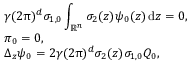
\begin{array} { r l } & { \gamma ( 2 \uppi ) ^ { d } \sigma _ { 1 , 0 } \displaystyle \int _ { \mathbb R ^ { n } } \sigma _ { 2 } ( z ) \psi _ { 0 } ( z ) \, { \mathrm { d } } z = 0 , } \\ & { \pi _ { 0 } = 0 , } \\ & { \Delta _ { z } \psi _ { 0 } = 2 \gamma ( 2 \uppi ) ^ { d } \sigma _ { 2 } ( z ) \sigma _ { 1 , 0 } Q _ { 0 } , } \end{array}